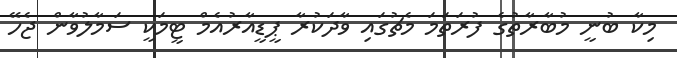
މިކާ ބުނީ މުބާރާތުގެ ފުރަތަމަ މެޗުގައި ވާދަކުރާ ޕީޑީއާރުއެމް ޓީމަކީ ސަމާލުވާން ޖެހޭ